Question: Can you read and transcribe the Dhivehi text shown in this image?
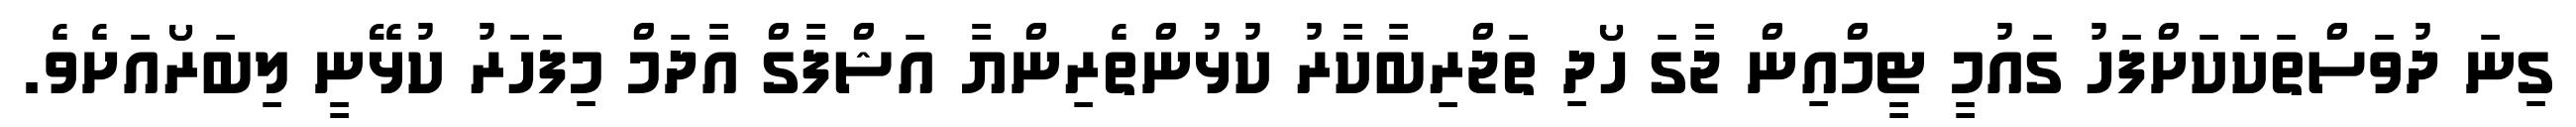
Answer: ގިނަ ދުވަސްތަކަކަށްފަހު ގައުމީ ޓީމްއިން ޖާގަ ހޯދި ތަޖްރިބާކާރު ކުޅުންތެރިންޔާ އަޝްފާގް އާދަމް މިފަހަރު ކުޅޭނީ ލިބަރޯއަށެވެ.